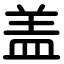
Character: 盖